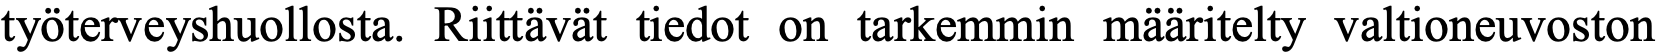
työterveyshuollosta. Riittävät tiedot on tarkemmin määritelty valtioneuvoston